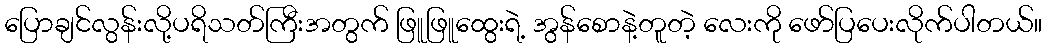
ပြောချင်လွန်းလို့ပရိသတ်ကြီးအတွက် ဖြူဖြူထွေးရဲ့ အွန်စောနဲ့တူတဲ့ လေးကို ဖော်ပြပေးလိုက်ပါတယ်။